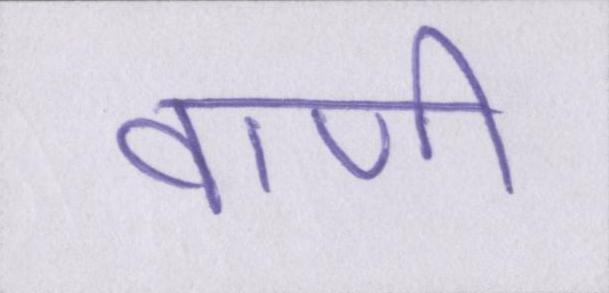
वाणी